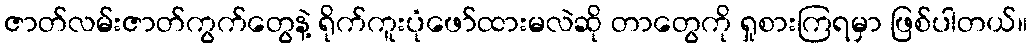
ဇာတ်လမ်းဇာတ်ကွက်တွေနဲ့ ရိုက်ကူးပုံဖော်ထားမလဲဆို တာတွေကို ရှုစားကြရမှာ ဖြစ်ပါတယ်။